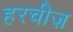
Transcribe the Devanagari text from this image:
हरचीज़